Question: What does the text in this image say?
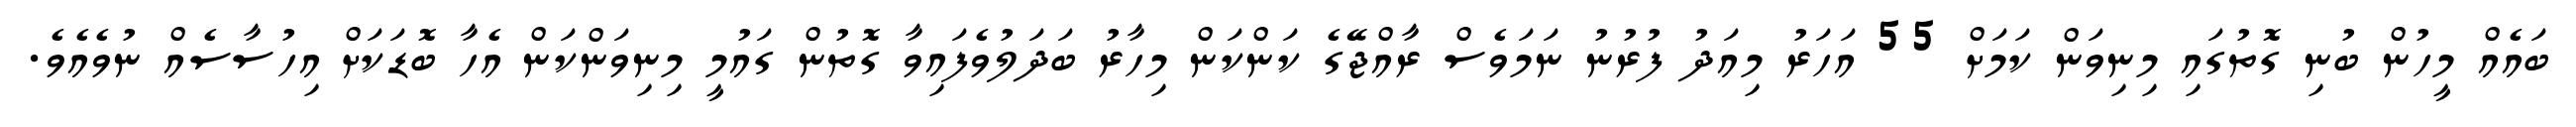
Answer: ބައެއް މީހުން ބުނި ގޮތުގައި މިނިވަން ކަމަށް 55 އަހަރު މިއަދު ފުރުނު ނަމަވެސް ރާއްޖޭގެ ކަންކަން މިހާރު ބަދަލުވެފައިވާ ގޮތުން ގައުމީ މިނިވަންކަން އެހާ ބޮޑަކަށް އިހުސާސެއް ނުވެއެވެ.